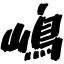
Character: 嶋